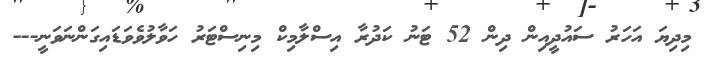
މިދިޔަ އަހަރު ސައުދީއިން ދިން 52 ޓަނު ކަދުރާ އިސްލާމިކް މިނިސްޓަރު ހަވާލުވެވަޑައިގަންނަވަނީ---